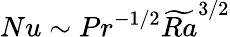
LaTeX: Nu\sim Pr^{-1/2}\widetilde{Ra}^{3/2}